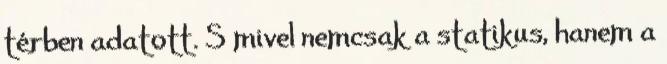
térben adatott. S mivel nemcsak a statikus, hanem a